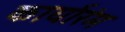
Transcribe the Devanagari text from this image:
कार्यारंम